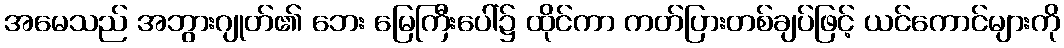
အမေသည် အဘွားဂျုတ်၏ ဘေး မြေကြီးပေါ်၌ ထိုင်ကာ ကတ်ပြားတစ်ချပ်ဖြင့် ယင်ကောင်များကို